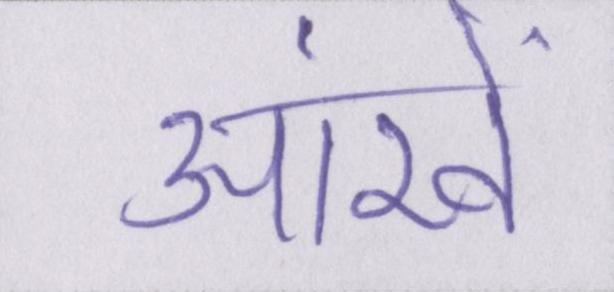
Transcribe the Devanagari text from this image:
आंखें